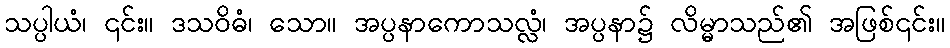
သပ္ပါယံ၊ ၎င်း။ ဒသဝိဓံ၊ သော။ အပ္ပနာကောသလ္လံ၊ အပ္ပနာ၌ လိမ္မာသည်၏ အဖြစ်၎င်း။